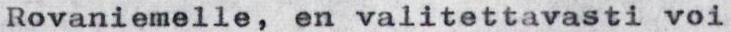
Rovaniemelle, en valitettavasti voi